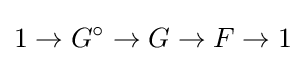
1\to G^{\circ }\to G\to F\to 1